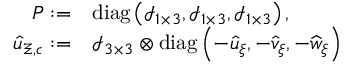
\begin{array} { r l } { \boldsymbol { P } : = } & { \mathrm { d i a g } \left( \mathcal { I } _ { 1 \times 3 } , \mathcal { I } _ { 1 \times 3 } , \mathcal { I } _ { 1 \times 3 } \right) , } \\ { \boldsymbol { \widehat { u } } _ { \Xi , c } : = } & { \mathcal { I } _ { 3 \times 3 } \otimes \mathrm { d i a g } \left( - \widehat { u } _ { \xi } , - \widehat { v } _ { \xi } , - \widehat { w } _ { \xi } \right) ， } \end{array}